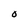
Character: O